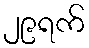
၂၉ရက်